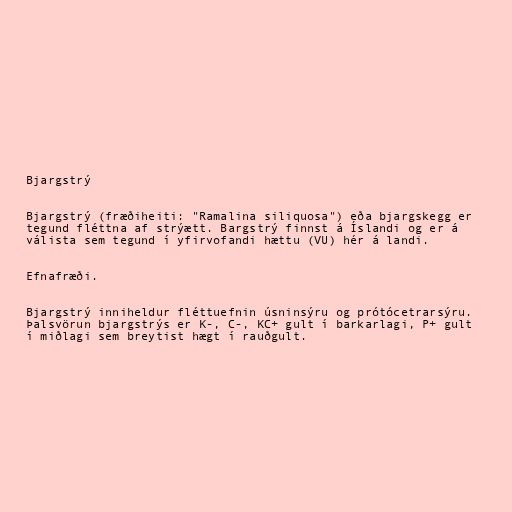
Bjargstrý

Bjargstrý (fræðiheiti: "Ramalina siliquosa") eða bjargskegg er
tegund fléttna af strýætt. Bargstrý finnst á Íslandi og er á
válista sem tegund í yfirvofandi hættu (VU) hér á landi.

Efnafræði.

Bjargstrý inniheldur fléttuefnin úsninsýru og prótócetrarsýru.
Þalsvörun bjargstrýs er K-, C-, KC+ gult í barkarlagi, P+ gult
í miðlagi sem breytist hægt í rauðgult.